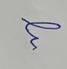
Signature authenticity: forged